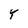
Character: y